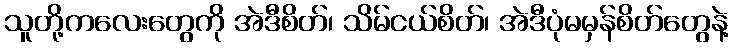
သူတို့ကလေးတွေကို အဲဒီစိတ်၊ သိမ်ငယ်စိတ်၊ အဲဒီပုံမမှန်စိတ်တွေနဲ့